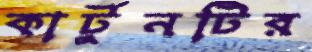
কার্টুনটির